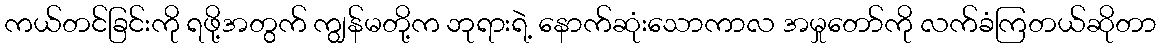
ကယ်တင်ခြင်းကို ရဖို့အတွက် ကျွန်မတို့က ဘုရားရဲ့ နောက်ဆုံးသောကာလ အမှုတော်ကို လက်ခံကြတယ်ဆိုတာ